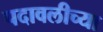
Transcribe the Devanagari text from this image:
पदावलीच्या